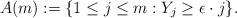
\begin{align*} A(m):=\{ 1\leq j\leq m: Y_j\geq \epsilon\cdot j\}. \end{align*}